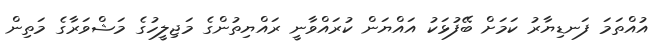
އުއްތަމަ ފަނޑިޔާރު ކަމަށް ބޭފުޅަކު އައްޔަން ކުރައްވާނީ ރައްޔިތުންގެ މަޖިލީހުގެ މަޝްވަރާގެ މަތިން